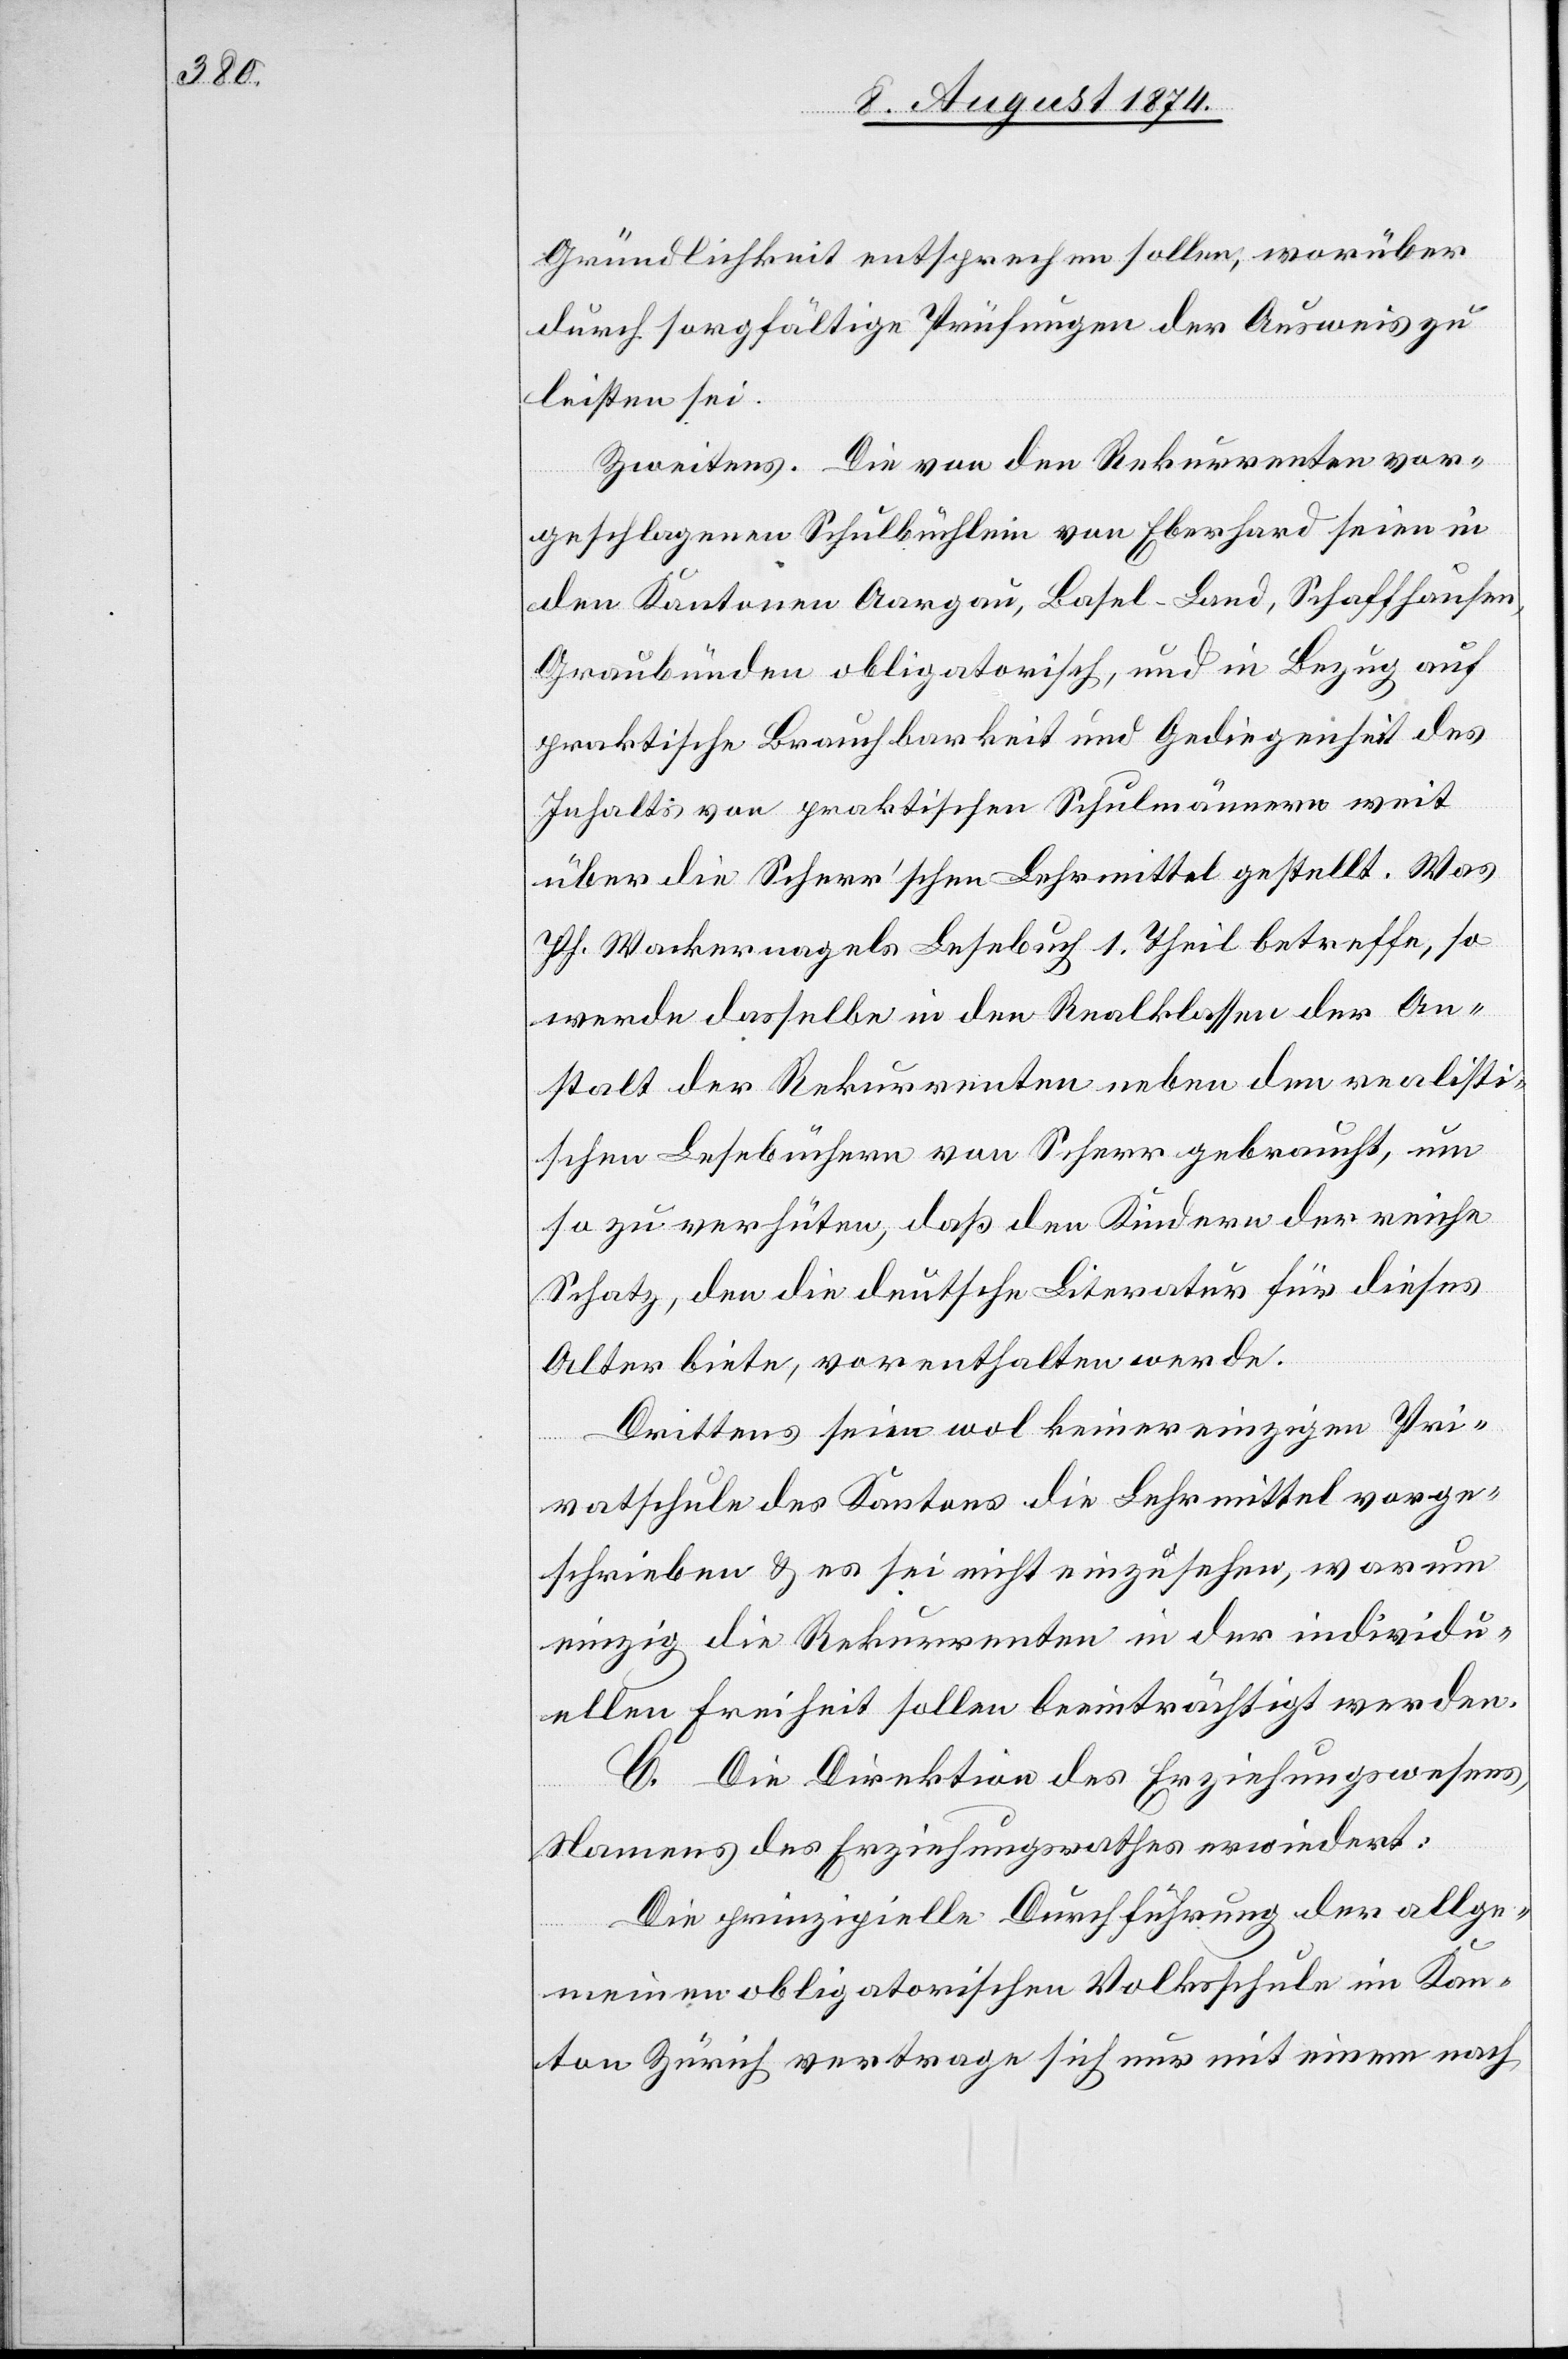
Gründlichkeit entsprechen sollen, worüber
durch sorgfältige Prüfungen der Ausweis zu
leisten sei.
Zweitens. Die von den Rekurrenten vor¬
geschlagenen Schulbüchlein von Eberhard seien in
den Kantonen Aargau, Basel-Land, Schaffhausen,
Graubünden obligatorisch, und in Bezug auf
praktische Brauchbarkeit und Gediegenheit des
Inhalts von praktischen Schulmännern weit
über die Scherr’schen Lehrmittel gestellt. Was
Pf. Wackernagels Lesebuch 1. Theil betreffe, so
werde dasselbe in den Realklassen der An¬
stalt der Rekurrenten neben den realisti¬
schen Lesebüchern von Scherr gebraucht, um
so zu verhüten, daß den Kindern der reiche
Schatz, den die deutsche Literatur für dieses
Alter biete, vorenthalten werde.
Drittens seien wol keiner einzigen Pri¬
vatschule des Kantons die Lehrmittel vorge¬
schrieben u. es sei nicht einzusehen, warum
einzig die Rekurrenten in der individu¬
ellen Freiheit sollen beeinträchtigt werden.
C. Die Direktion des Erziehungswesens,
Namens des Erziehungsrathes erwiedert:
Die prinzipielle Durchführung der allge¬
meinen obligatorischen Volksschule im Kan¬
ton Zürich vertrage sich nur mit einem nach